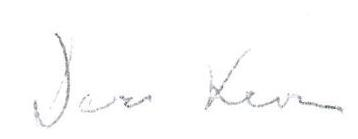
Jer Kevin